King Institute of Preventive Medicine Bacteriolog. Section reports 1907-08
Year: 1907
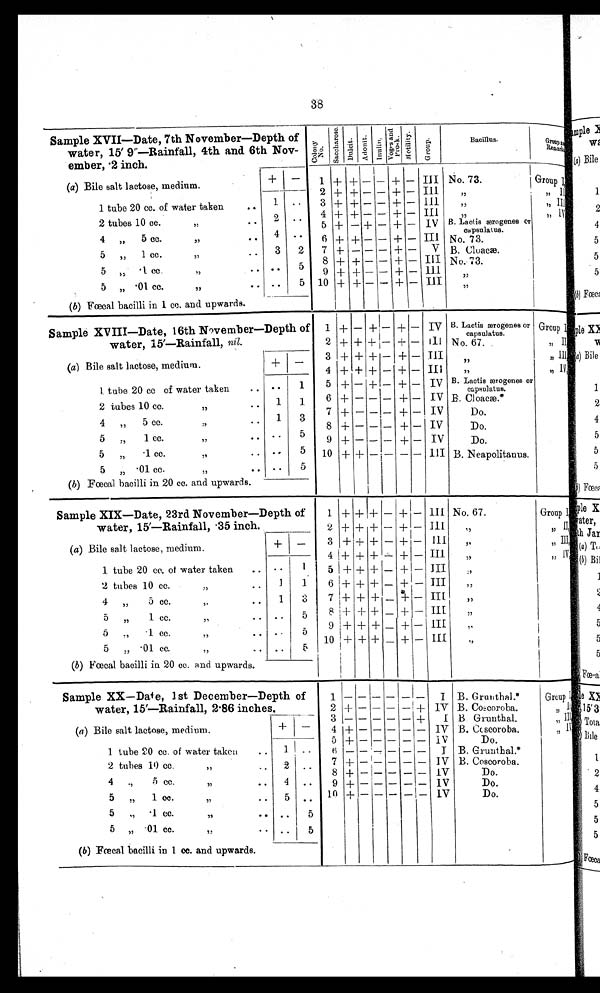
38
Sample XVII—Date, 7th November—Depth of
water, •15
2 inch.
9"—
.
Rainfall, 4th and 6th Nov
ember
c o l i n y
N o
s a c c h a r o s e
Dui c l t
A d o n i t
i n u b r a
Inunts
V a g e s a n d p r o c k
G r o u p s
Bacillus.
G r o u p
Remark
(a) Bile salt lactose, medium.
+ I —
1 + + — — + — III No. 73.
Group I
1 tube 20 cc. of water taken
..
2 tubes 10 cc.
, ,
. .
..
2
3
4
5
-I-
+
+
+
+
+
—
+—
—
—
+
—
—
—
—
+
+
+
+
—
—
—
—
Ill
I11
III
Iv
,,
,,
„
B. Lactis æærogenes or
,, II
,, III
,, IV
1
2
4 „
5 cc.
,,
. . 4 ..
6 + + — — + —
I I I No. 73.
5 „ 1 cc. ,,
..
3 2 7 f — — — + — V B. Cloaca.
5 ,1
cc.
,,
• •
. . 5 8
9
+
+
+—
+—
—
—
+
+
—
—
III
11.I
No. 73.
5 „ •01 cc.
, , ..
(b) Fœcal bacilli in 1 cc. and upwards.
• •
5 10 + + — — + — III
, ,
, ,
Sample XVIII—Date, 16th November—Depth of 1 + —
+ + — Iv B. Lactis ærogenes or
.
Group
water, 15'—Rainfall, nil.
2 + +
+ - III No. 67.
„ I I
(a) Bile salt lactose, medium.
+ —
3
4
+
+
+.++—
—
+
±
+—
-- III
Ili
, ,
,,
„III
„IV
1 tube 20 cc of water taken
.. . . . .
1
5 + — + — + — IV B. Lactis æ rogenes or
capHulatus.
2 tubes 10 cc.
,,
..
1 1.
6 + — — — + — IV .B, Cloaca.*
4 „ 5 cc.
,,
1 3
7
8
+ —
+ —
— —
— —
+
+
—
—
IV
IV
Do.
Do.
5 ,,1 cc.
,,
.. 5
9 + — — — + — IV
Do.
5 „
.1 cc.
,,
• • . . • 5 10 + + — — — — III B. Neapolitanus.
5 „ • 01 cc-
, , ...
(b) Fœcal bacilli in 20 cc. and upwards.
• •
5
Sample XIX—Date, 23rd November—Depth of
1 + + ,+ — + — lll No. 67.
Group I
water, 15'—Rainfall, -35 inch.
(a) Bile salt lactose, medium.
1 tube 20 cc.. of water taken ..
2
8
4
5
-1-• +
+ +
H- +
1+ +
1
+ —
+ --
+ -
+ —
+
+
+
+
—
—
-
—
ill
111
III
III
,,
,
„
,, II)
„ III,
„ IV •
+ —
• •
1
2 tubes 10 cc.
..
„
1
6 1-1- + + — + — III
„
4
5 cc.
15
,.
..
1 3
7 I + +
n
+ _ -
4: 1- — Ili
„
5
1 cc.
..
,,
.. 5
8 1+ + + _ + — III
„
5
„
1 cc.
• •
.. •
'5
9 1+ + + _ + — III
5 „ • 01 cc.
. .
(b) Fœcal bacilli in 20 cc. and upwards.
. .
r,
,
10 + + + — + — III
Sample XX—Date, 1st December—Depth of
1
I B. GrutIthal.''
Group I:
water, 15'—Rainfall, 2 .86 inches.
1
2 + — — — —. + IV B. Coscoroba.
:, Il
3
+ 1 B Grunthal.
„ III
(a) Bile salt lactose, medium.
-I- I —
4 +
IV I3. Ccscoroba.
: ) 11
5 +
IV
Do.
1 tube 20 cc. of water taken
..
1. • -
ti
I B. G:runtlial.*
2 tubes 10 cc.
,
. .
4 .,
5 cc.
3)
• .
4
..
..
7 + I
8 + — — — —
9 +
—
IV
IV
IV
B. Coscoroba.
Do.
Do.
5 „ 1 cc... 13
5 ,, 1 cc.
,,
.. •
5 „ •01 cc cc.
,,
• •
5
.. •
..
..
5
5
10 +
Do.
(6) Fœcal bacilli in 1 c c. and upwards.
,